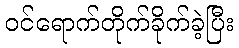
ဝင်ရောက်တိုက်ခိုက်ခဲ့ပြီး